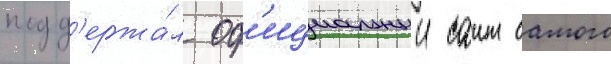
подд'ержа́л оф'ициальныи саит самого